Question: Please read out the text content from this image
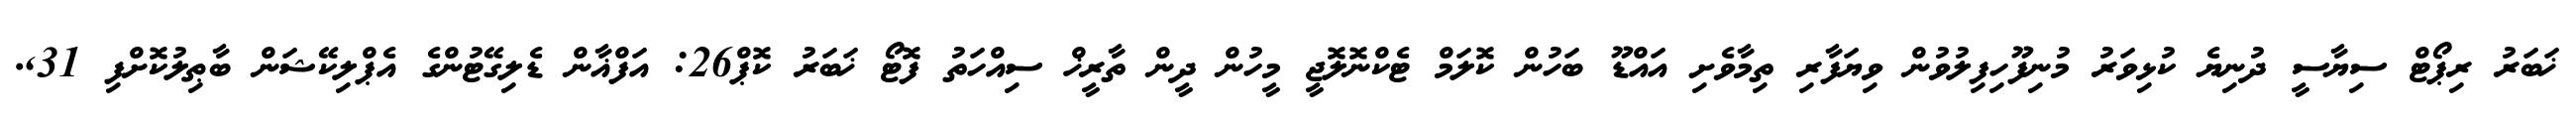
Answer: ޚަބަރު ރިޕޯޓް ސިޔާސީ ދުނިޔެ ކުޅިވަރު މުނިފޫހިފިލުވުން ވިޔަފާރި ތިމާވެށި އައްޑޫ ބަހުން ކޮލަމް ޓެކްނޮލޮޖީ މީހުން ދީން ތާރީޚް ސިއްހަތު ފޮޓޯ ޚަބަރު ކޮޕް26: އަފްޣާން ޑެލިގޭޓުންގެ އެޕްލިކޭޝަން ބާޠިލުކޮށްފި 31,.